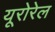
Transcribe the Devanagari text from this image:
यूरोरेल